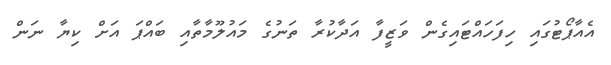
އެއާޕޯޓުގައި ހިފަހައްޓައިގެން ވަޒީފާ އަދާކުރާ ތަނުގެ މައުލޫމާތާއި ބައްޕަ އަށް ކިޔާ ނަން